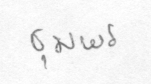
ชุมพร